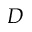
D